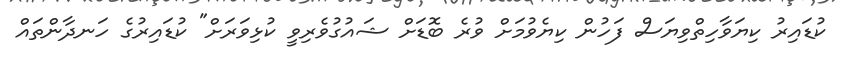
ކުޑައިރު ކިޔަވާހިތްވިޔަސް ފަހުން ކިޔެވުމަށް ވުރެ ބޮޑަށް ޝައުގުވެރިވީ ކުޅިވަރަށް" ކުޑައިރުގެ ހަނދާންތައް